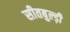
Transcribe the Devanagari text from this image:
सीतबुल्ड़ी